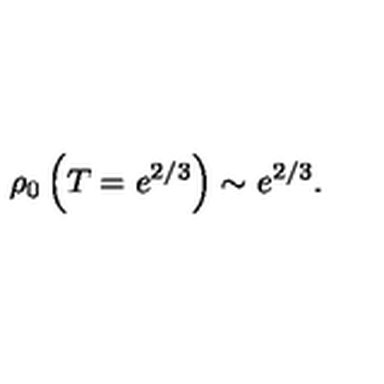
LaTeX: \rho _ { 0 } \left( T = e ^ { 2 / 3 } \right) \sim e ^ { 2 / 3 } .